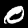
Label: 0